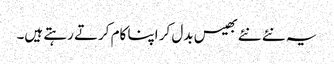
یہ نئے نئے بھیس بدل کر اپنا کام کرتے رہتے ہیں۔